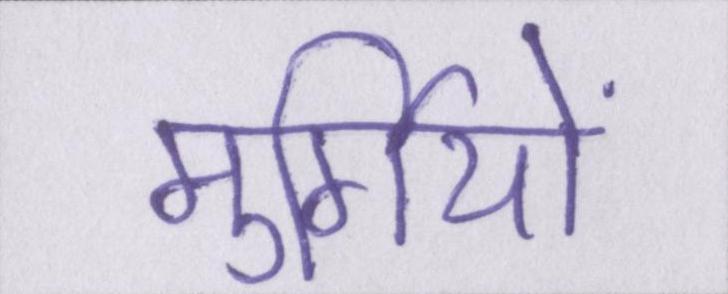
मुर्गियों